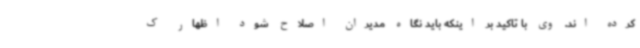
کرده اند. وی با تاکید بر اینکه باید نگاه مدیران اصلاح شود اظهار ک